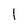
Character: l